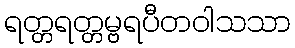
ရတ္တရတ္တမ္ဗရပီတဝါသသာ